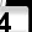
Digit: 4